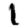
Digit: 1